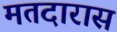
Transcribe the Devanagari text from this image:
मतदारास